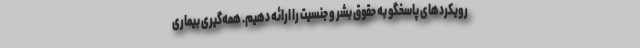
رویکردهای پاسخگو به حقوق بشر و جنسیت را ارائه دهیم. همه‌گیری بیماری